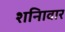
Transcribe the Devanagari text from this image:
शनिावार